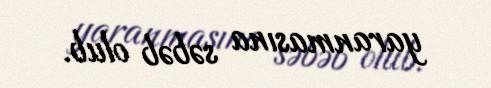
yaranmasına səbəb olub.